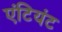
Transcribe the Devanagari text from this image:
एंटियंट